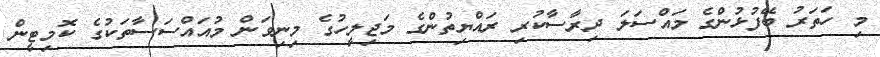
މި ހަތަރު ބޭފުޅުންގެ މައްސަލަ ދިރާސާކުރި ރައްޔިތުންގެ މަޖިލީހުގެ މިނިވަން މުއައްސަސާތަކުގެ ކޮމިޓީން